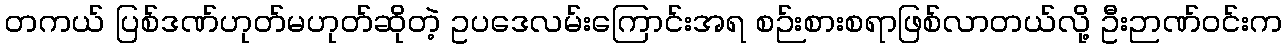
တကယ် ပြစ်ဒဏ်ဟုတ်မဟုတ်ဆိုတဲ့ ဥပဒေလမ်းကြောင်းအရ စဉ်းစားစရာဖြစ်လာတယ်လို့ ဦးဉာဏ်ဝင်းက